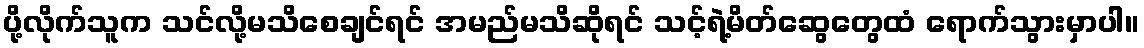
ပို့လိုက်သူက သင်လို့မသိစေချင်ရင် အမည်မသိဆိုရင် သင့်ရဲ့မိတ်ဆွေတွေထံ ရောက်သွားမှာပါ။